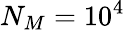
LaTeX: N_{M}=10^{4}